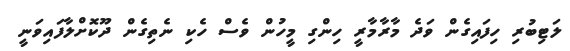
ލަޓިބުރި ހިފައިގެން ވަދެ މާރާމާރީ ހިންގި މީހުން ވެސް ހެކި ނެތިގެން ދޫކޮށްލާފައިވަނީ